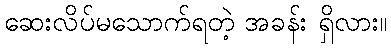
ဆေးလိပ်မသောက်ရတဲ့ အခန်း ရှိလား။